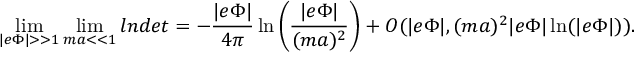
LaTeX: \operatorname * { l i m } _ { | e \Phi | > > 1 } \operatorname * { l i m } _ { m a < < 1 } l n d e t = - \frac { | e \Phi | } { 4 \pi } \ln \left( \frac { | e \Phi | } { ( m a ) ^ { 2 } } \right) + O ( | e \Phi | , ( m a ) ^ { 2 } | e \Phi | \ln ( | e \Phi | ) ) .